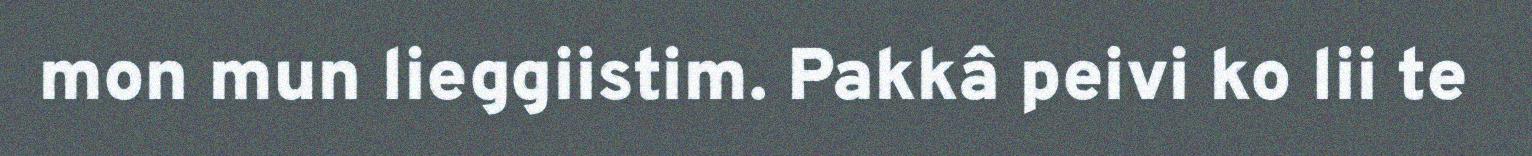
mon mun lieggiistim. Pakkâ peivi ko lii te